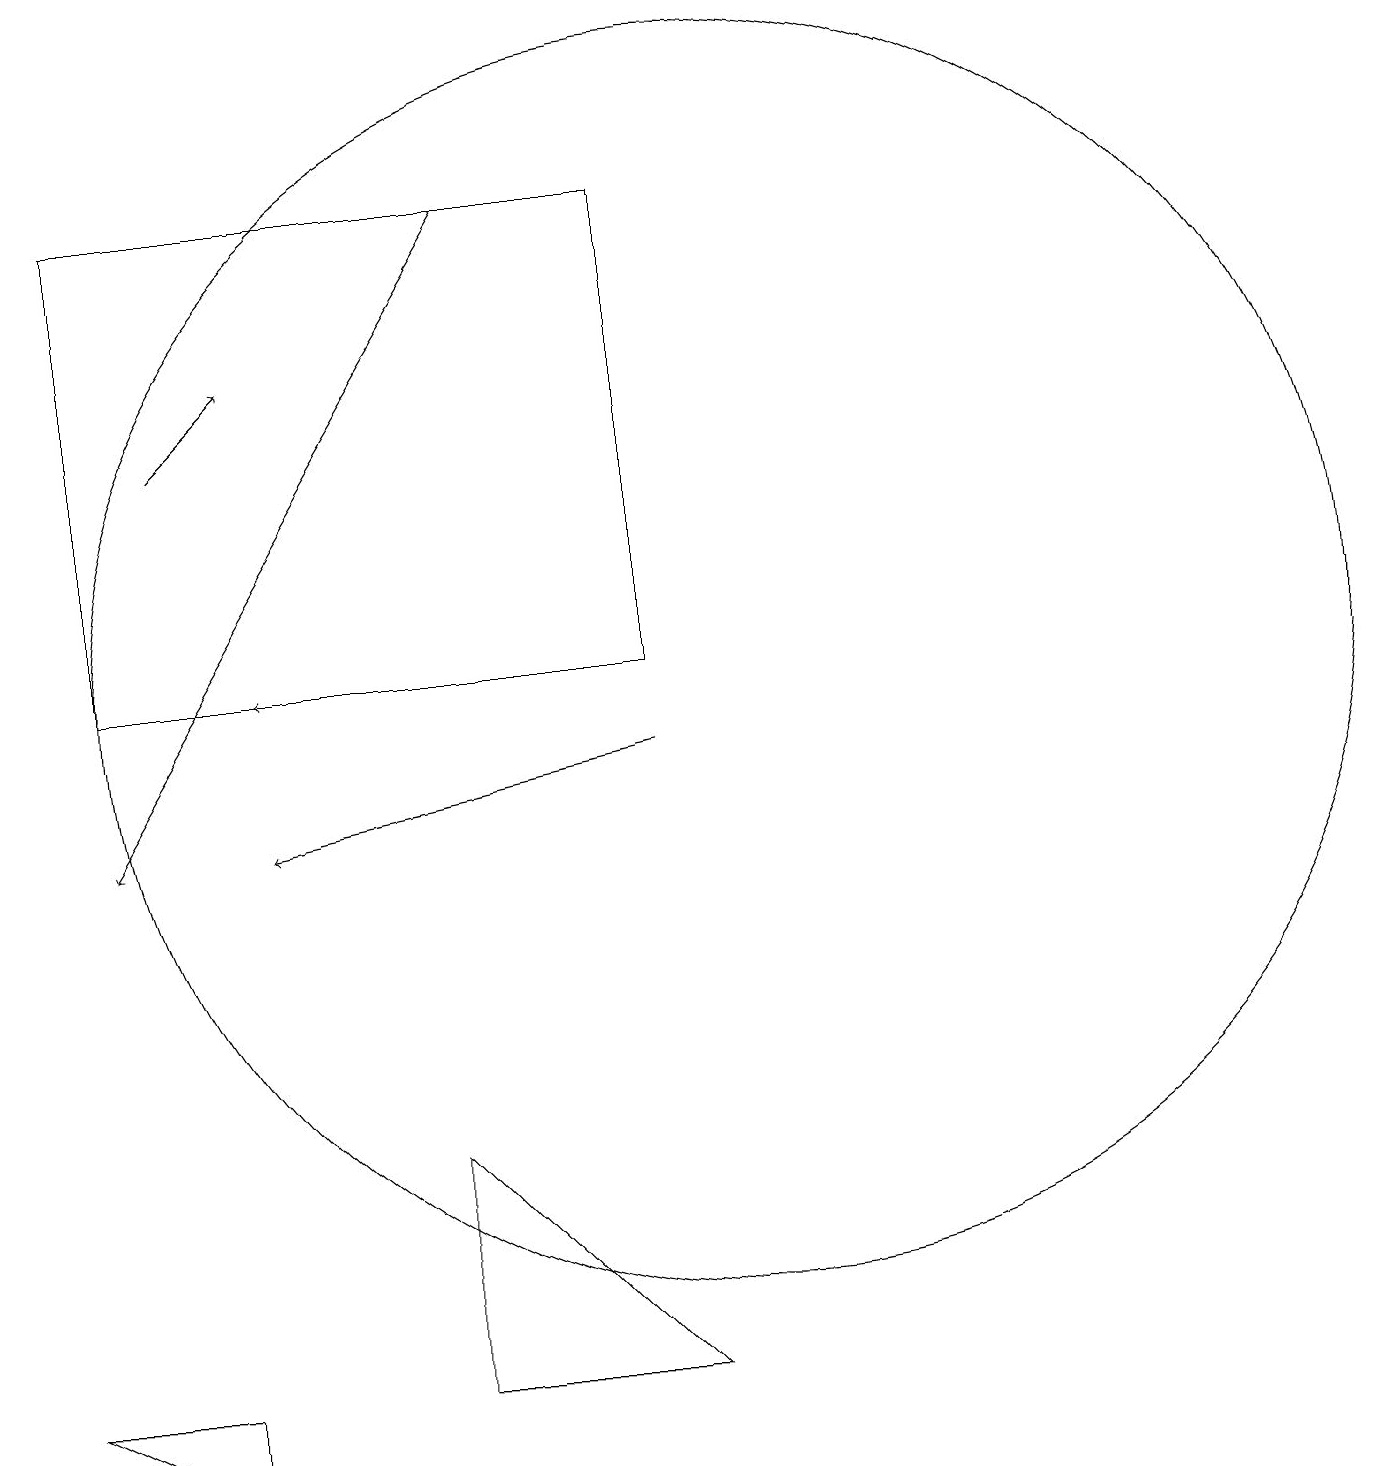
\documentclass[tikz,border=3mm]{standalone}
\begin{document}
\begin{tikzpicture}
\draw (1,3) -- (3,3) -- (3,2) -- cycle;
\draw[->] (9,11) -- (4,10);
\draw[->] (7,18) -- (2,10);
\draw[->] (7,12) -- (4,12);
\draw[->] (3,15) -- (4,16);
\draw (2,18) rectangle (9,12);
\draw (10,12) circle (8);
\draw (6,3) -- (9,3) -- (6,6) -- cycle;
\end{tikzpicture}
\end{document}